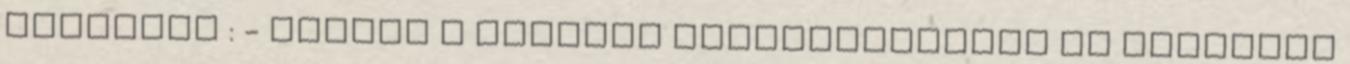
könyvtár : - Gyűjti a nemzeti könyvtermésből az alapvető